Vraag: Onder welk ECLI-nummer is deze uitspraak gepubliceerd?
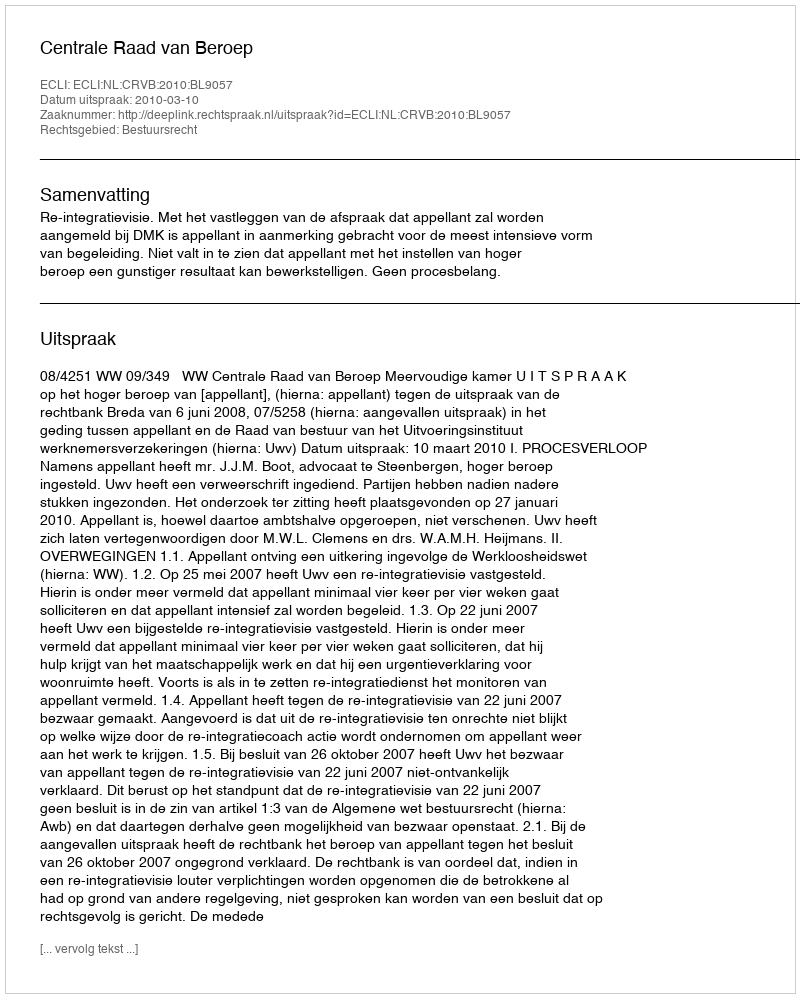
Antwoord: ECLI:NL:CRVB:2010:BL9057